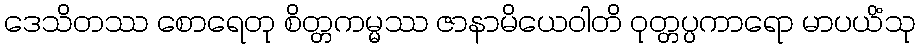
ဒေသိတဿ စောရေတု စိတ္တကမ္မဿ ဇာနာမိယေဝါတိ ဝုတ္တပ္ပကာရော မာပယိံသု